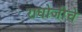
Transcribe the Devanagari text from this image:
राघोजीचे